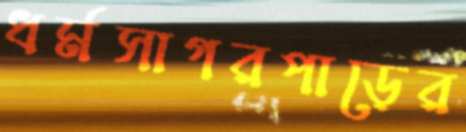
ধর্মসাগরপাড়ের